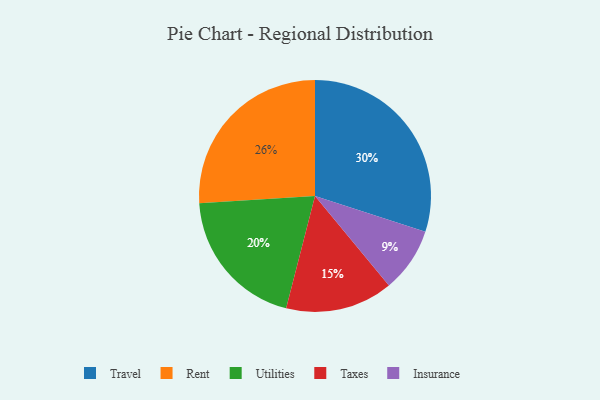
{"axis": {"x": "Category", "y": "Percentage"}, "legend": ["Insurance", "Rent", "Taxes", "Travel", "Utilities"], "data": [{"x": "Insurance", "y": 9, "type": "Insurance"}, {"x": "Taxes", "y": 15, "type": "Taxes"}, {"x": "Travel", "y": 30, "type": "Travel"}, {"x": "Rent", "y": 26, "type": "Rent"}, {"x": "Utilities", "y": 20, "type": "Utilities"}]}